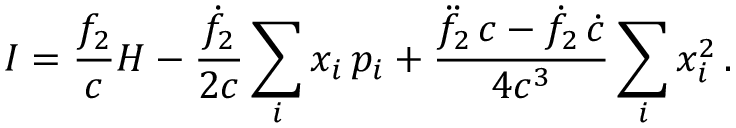
I = \frac { f _ { 2 } } { c } H - \frac { \dot { f } _ { 2 } } { 2 c } \sum _ { i } x _ { i } \, p _ { i } + \frac { \ddot { f } _ { 2 } \, c - \dot { f } _ { 2 } \, \dot { c } } { 4 c ^ { 3 } } \sum _ { i } x _ { i } ^ { 2 } \, .